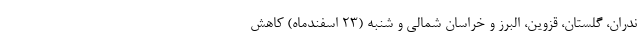
ندران، گلستان، قزوین، البرز و خراسان شمالی و شنبه (۲۳ اسفندماه) کاهش